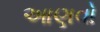
આણવો